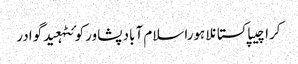
کراچیپاکستانلاہوراسلام آبادپشاورکوئٹہعیدگوادر